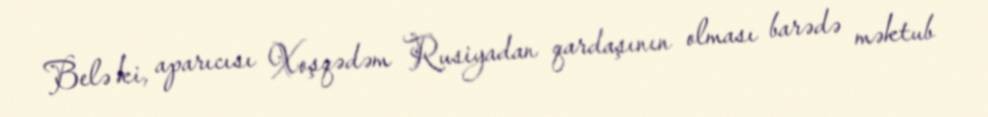
Belə ki, aparıcısı Xoşqədəm Rusiyadan qardaşının olması barədə məktub